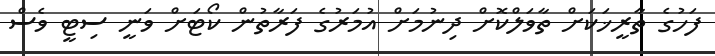
ފަހުގެ ތާރީޚަކަށް ތާވަލްކޮށް ދިނުމަށް އުމަރުގެ ފަރާތުން ކޯޓަށް ވަނީ ސިޓީ ވެސް